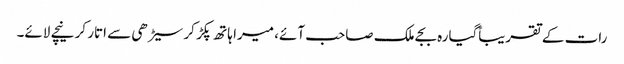
رات کے تقریباًگیارہ بجے ملک صاحب آئے، میرا ہاتھ پکڑ کر سیڑھی سے اتار کر نیچے لائے۔